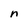
Character: n